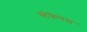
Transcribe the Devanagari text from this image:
स्टेफेनस